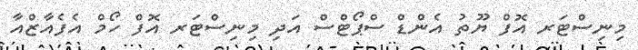
މިނިސްޓަރ އޮފް ޔޫތު އެންޑް ސްޕޯޓްސް އަދި މިނިސްޓަރ އޮފް ހޯމް އެފެއާޒްއާ